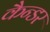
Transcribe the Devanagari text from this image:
कैन्डर